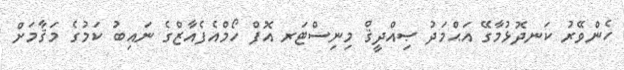
ހެންވޭރު ކަނދޮޅުމާގޭ އަޙްމަދު ޞިއްދީޤް މިނިސްޓަރ އޮފް ހޯމްއެފެއާޒްގެ ނައިބު ކަމުގެ މަޤާމަށް